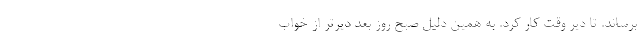
برساند. تا دیر وقت کار کرد. به همین دلیل صبح روز بعد دیرتر از خواب